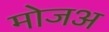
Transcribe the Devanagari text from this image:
मोजअ